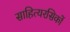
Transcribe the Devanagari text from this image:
साहित्यरसिकों